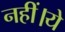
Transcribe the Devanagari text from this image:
नहीं।ये